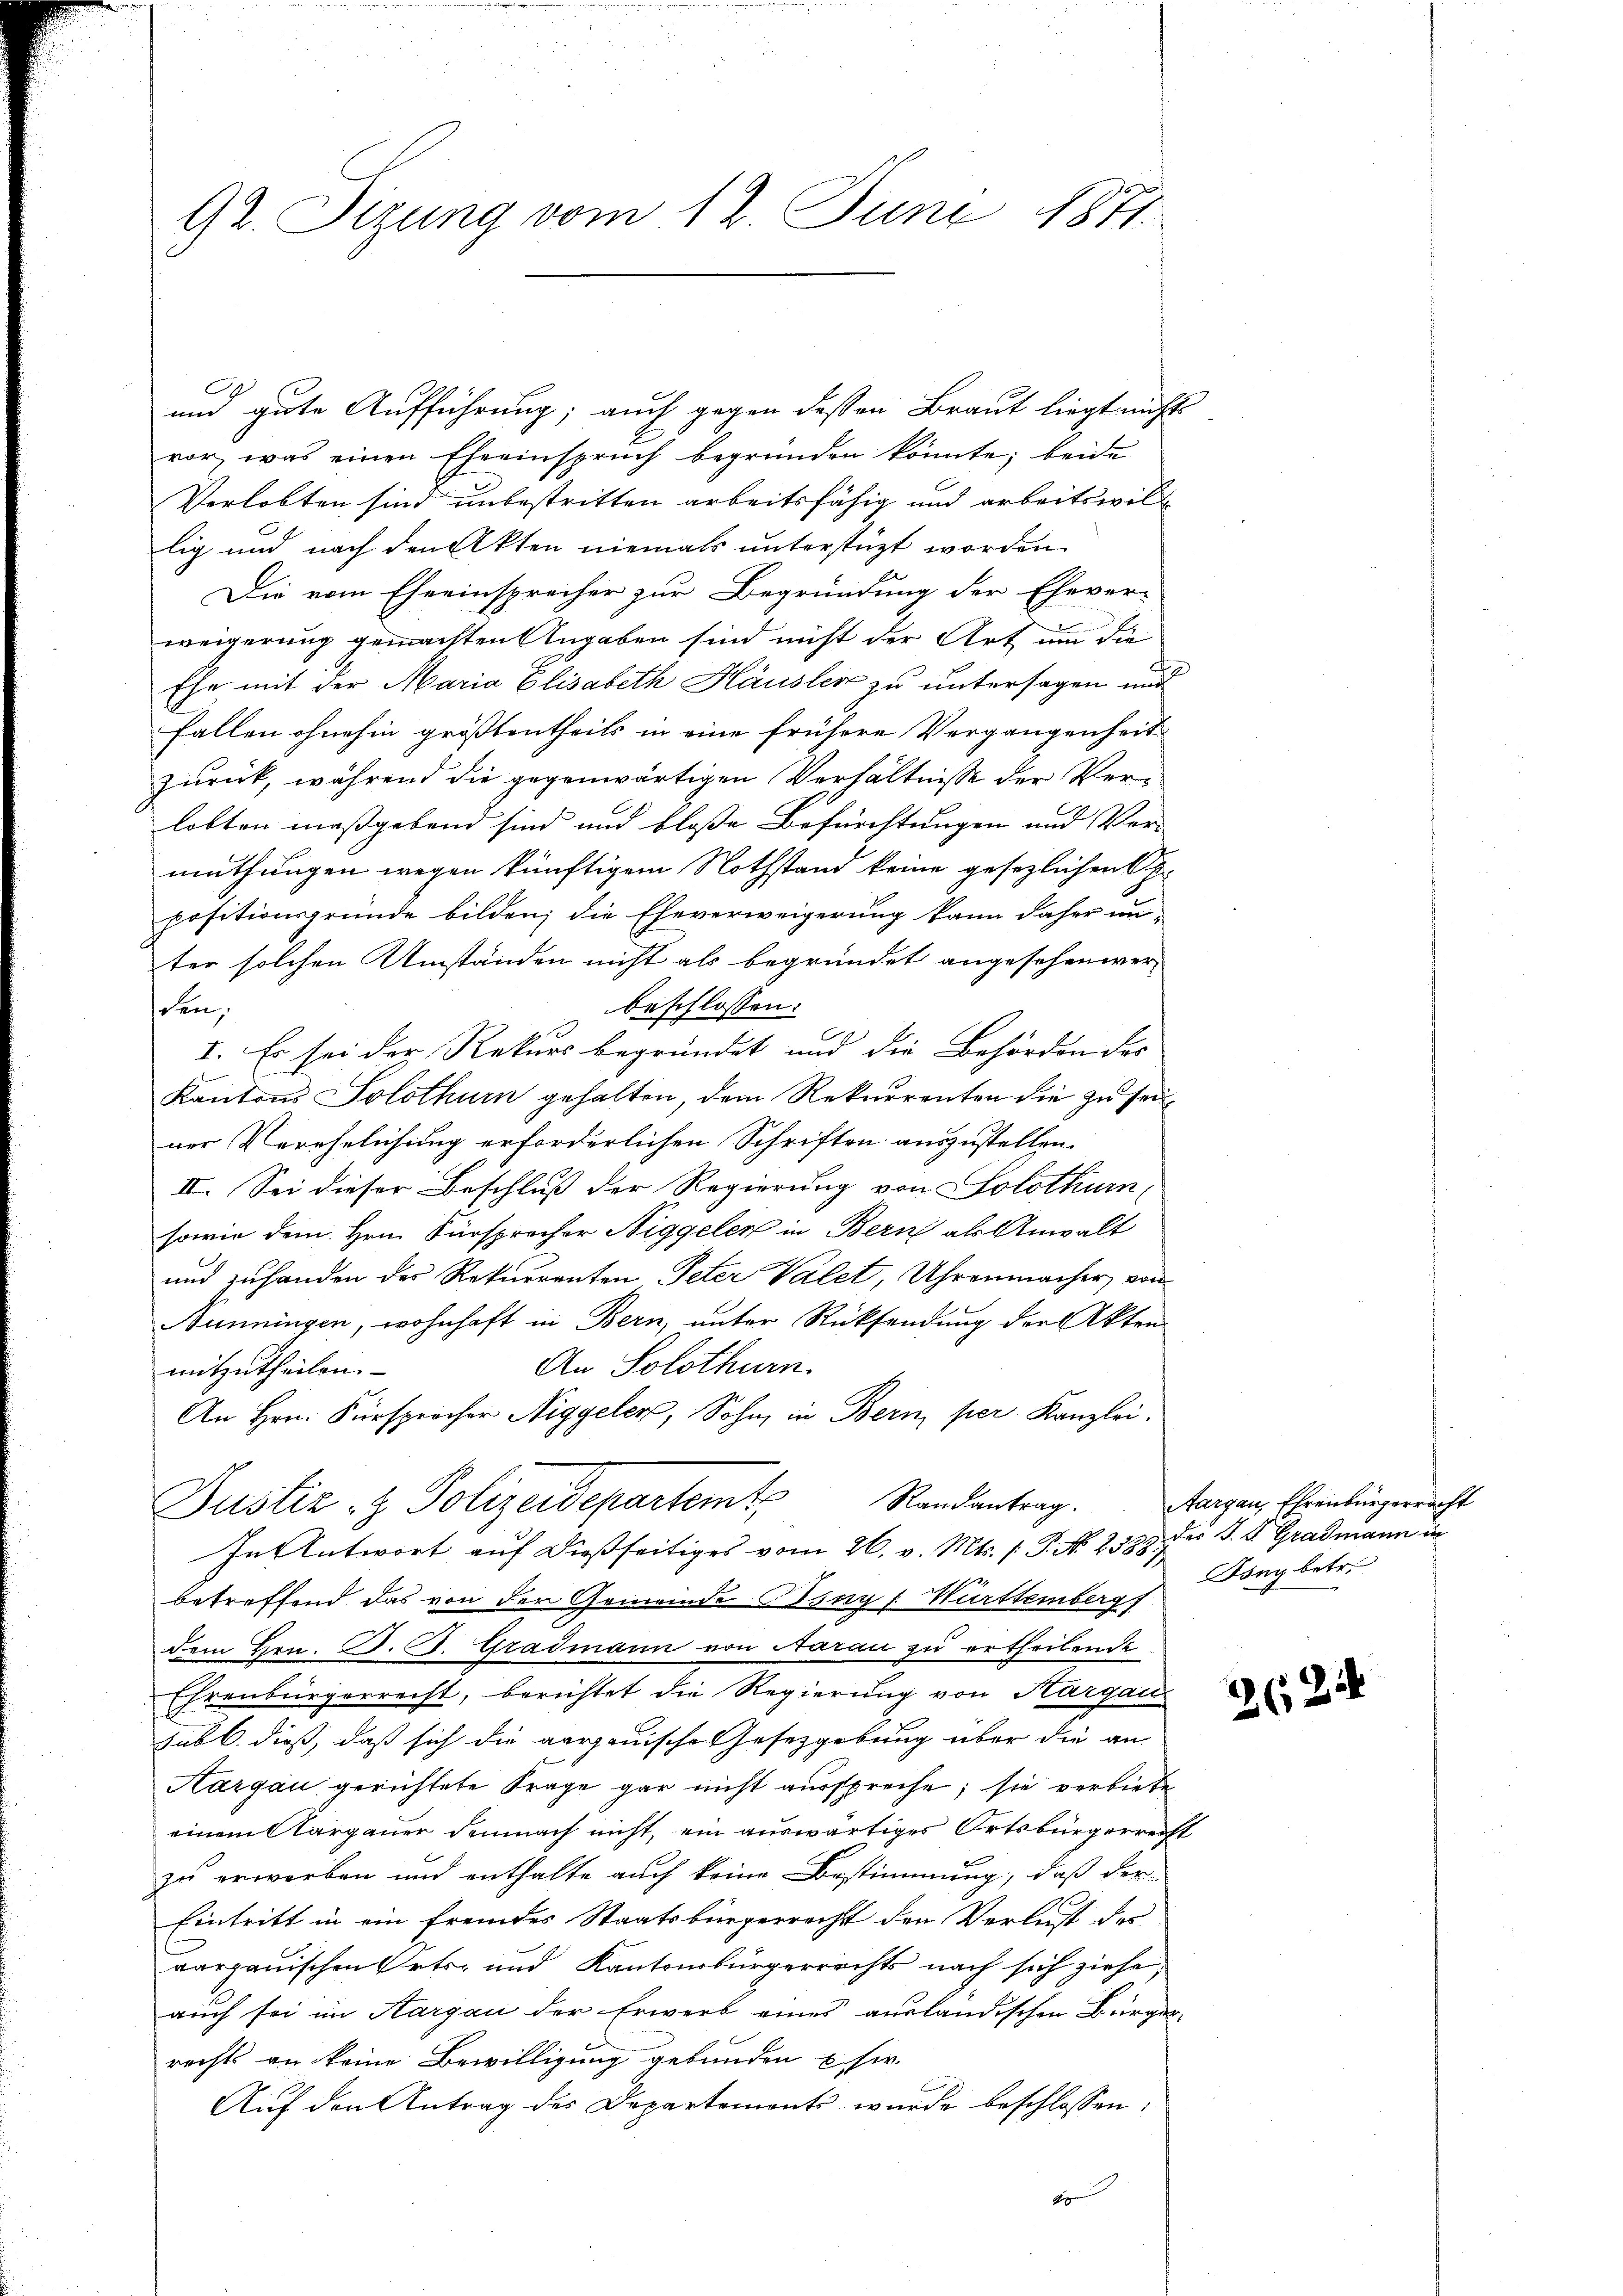
92. Sizung vom 12. Juni 1871.

C
und gute Aufführung; auch gegen dessen Braut liegt nichts
vor, was einen Eheeinspruch begründen könnte; beide
Verlobten sind unbestritten arbeitsfähig und arbeitswillig und nach den Akten niemals unterstüzt worden
Die vom Eheeinsprecher zur Begründung der Ehever-
weigerung gemachten Angaben sind nicht der Art um die
Ehe mit der Maria Elisabeth Häusler zu untersagen und
Fallen ohnehin größtentheils in eine frühere Vergangenheit
zurück, während die gegenwärtigen Verhältnisse der Verlobten maßgebend sind und bloße Befürchtungen und Ver-
muthungen wegen künftigem Nothstand keine gesezlichen S
positionsgründe bilden; die Eheverweigerung kann daher un
ter solchen Umständen nicht als begründet angesehenwerbeschlossen:
den,
I. Es sei der Rekurs begründet und die Behörden des
Kantons Solothurn gehalten, dem Rekurrenten die zu seiner Verehelichung erforderlichen Schriften auszustellen.
II. Sei dieser Beschluß der Regierung von Solothurn,
sowie dem Hrn. Fürsprocher Niggeler in Bern als Anwalt
und zuhanden des Rekurrenten Peter Valet, Uhrenmacher, von
Nunningen, wohnhaft in Bern, unter Rücksendung der Akten
An Solothurn.
mitzutheilen.
An Hrn. Fürsprocher Niggeler, Sohn, in Bern, per Kanzlei.
Justiz- & Polizeidepartemt Randantrag.
In Antwort auf dießseitiges vom 26. v. Mts. /: P. No 2538. Der S. 4. Gradmann de
betreffend das von der Gemeinde Cony /: Württemberg
dem Hrn. F. J. Gradmann von Aarau zu ertheilende
Ehrenbürgerrecht, berichtet die Regierung von Kargau
sub b. dieß, daß sich die aargauische Gesetzgebung über die an¬
Aargau gerichtete Frage gar nicht ausspreche; sie verbiete
einem Aargauer demnach nicht, ein auswärtiges Ortsbürgerrecht
zu erworben und enthalte auch keine Bestimmung, daß der
Eintritt in ein fremdes Staatsbürgerrecht den Verlust der
aargauischen Orts- und Kantonsbürgerrechts nach sich ziehe,
auch sei im Aargau der Erwerb eines ausländischen Bürger-
rechts an keine Bewilligung gebunden u. sie.
Aŭf den Antrag der Departemont wurde beschlossen:
A

Aargau, Ehrenbürgerracht
Ding betr.

224